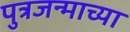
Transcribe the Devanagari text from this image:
पुत्रजन्माच्या